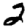
Digit: 2